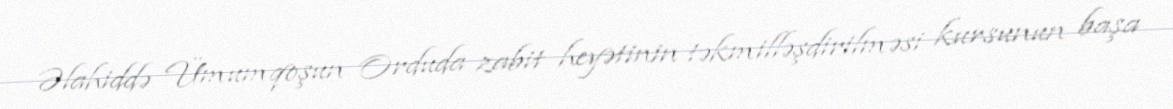
Əlahiddə Ümumqoşun Orduda zabit heyətinin təkmilləşdirilməsi kursunun başa